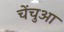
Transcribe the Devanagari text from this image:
चेंचुआ